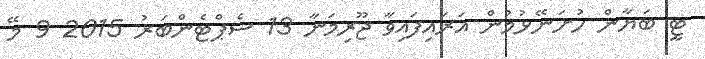
ޓީ ބަޔާން ހުށަނޭޅުމުން އަރައިފައިވާ ޖޫރިމަނާ 13 ސެޕްޓެންބަރު 2015 9 މޭ